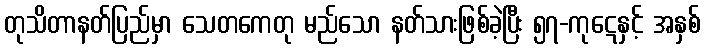
တုသိတာနတ်ပြည်မှာ သေတကေတု မည်သော နတ်သားဖြစ်ခဲ့ပြီး ၅၇-ကုဋေနှင့် အနှစ်